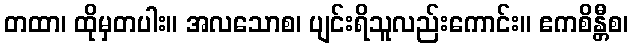
တထာ၊ ထိုမှတပါး။ အလသောစ၊ ပျင်းရိသူလည်းကောင်း။ ဧကစိန္တီစ၊